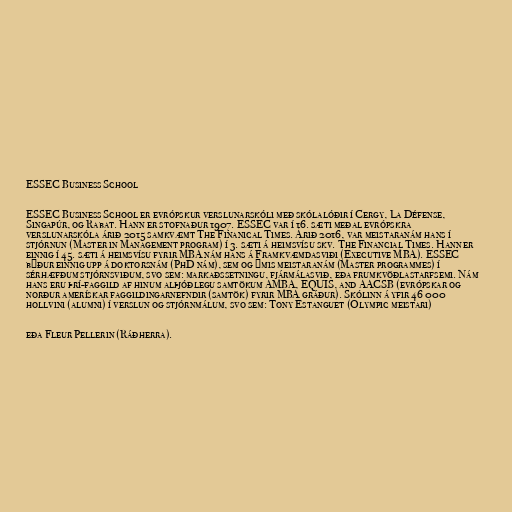
ESSEC Business School

ESSEC Business School er evrópskur verslunarskóli með skólalóðir í Cergy, La Défense,
Singapúr, og Rabat. Hann er stofnaður 1907. ESSEC var í 16. sæti meðal evrópskra
verslunarskóla árið 2015 samkvæmt The Finanical Times. Árið 2016, var meistaranám hans í
stjórnun (Master in Management program) í 3. sæti á heimsvísu skv. The Financial Times. Hann er
einnig í 45. sæti á heimsvísu fyrir MBA nám hans á Framkvæmdasviði (Executive MBA). ESSEC
býður einnig upp á doktorsnám (PhD nám), sem og ýmis meistaranám (Master programmes) í
sérhæfðum stjórnsviðum, svo sem: markaðssetningu, fjármálasvið, eða frumkvöðlastarfsemi. Nám
hans eru þrí-faggild af hinum alþjóðlegu samtökum AMBA, EQUIS, and AACSB (evrópskar og
norður amerískar faggildingarnefndir (samtök) fyrir MBA gráður). Skólinn á yfir 46 000
hollvini (alumni) í verslun og stjórnmálum, svo sem: Tony Estanguet (Olympic meistari)

eða Fleur Pellerin (Ráðherra).